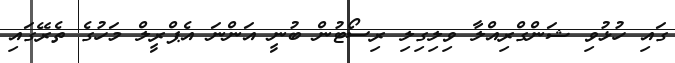
ގައި ހުޅުވި ޝަންގްރިއްލާ ވިލިގިލި ރިސޯޓުން ބުނީ އަންނަ އެޕްރީލް މަހުގެ ތެރޭގައި